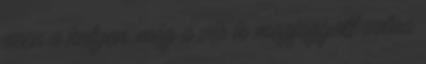
ezen a helyen, még a vér is megfagyott volna